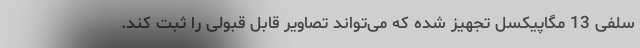
سلفی 13 مگاپیکسل تجهیز شده که می‌تواند تصاویر قابل قبولی را ثبت کند.